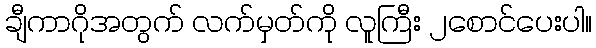
ချီကာဂိုအတွက် လက်မှတ်ကို လူကြီး ၂စောင်ပေးပါ။